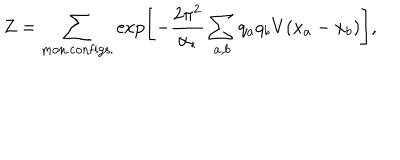
Z = \sum _ { \mathrm { m o n . c o n f i g s . } } \exp \left[ - \frac { 2 \pi ^ { 2 } } { \alpha _ { * } } \sum _ { a , b } q _ { a } q _ { b } V ( x _ { a } - x _ { b } ) \right] ,